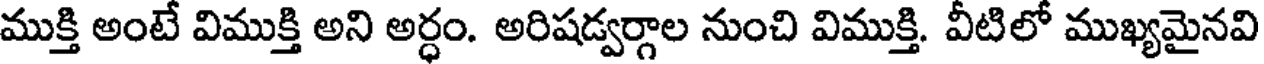
ముక్తి అంటే విముక్తి అని అర్ధం. అరిషడ్వర్గాల నుంచి విముక్తి. వీటిలో ముఖ్యమైనవి